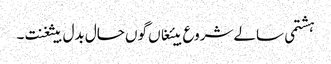
ہشتمی سالے شروع بیئغاں گوں حال بدل بیثغنت ۔